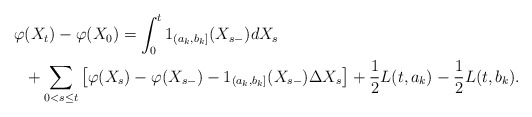
\begin{align*}\begin{aligned}\varphi&(X_t)-\varphi(X_0)=\int_0^t 1_{(a_k,b_k]}(X_{s-})dX_s \\ &+\sum_{0<s\leq t}\left[\varphi(X_s)-\varphi(X_{s-})-1_{(a_k,b_k]}(X_{s-})\Delta X_s \right] +\frac{1}{2}L(t,a_k)-\frac{1}{2}L(t,b_k). \end{aligned}\end{align*}